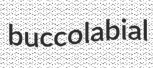
buccolabial